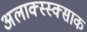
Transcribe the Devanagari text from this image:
अलाक्स्स्क्साक